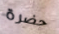
حضرة